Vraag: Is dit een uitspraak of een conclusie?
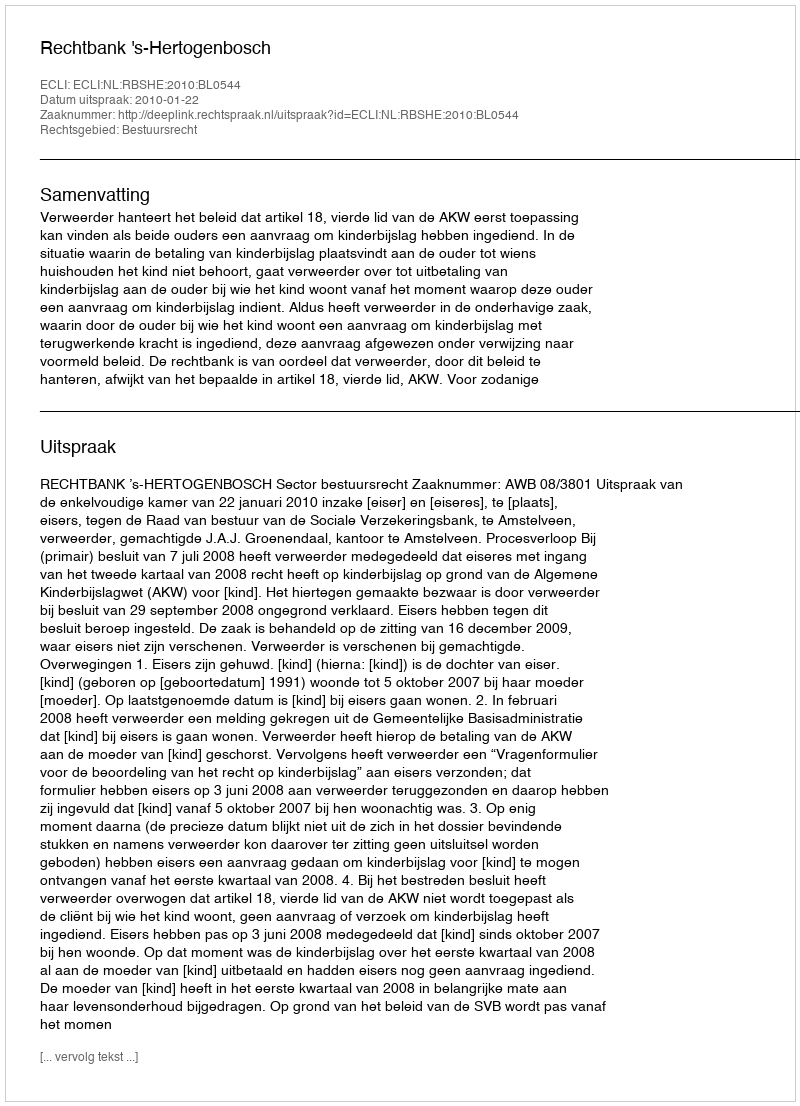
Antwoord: Uitspraak